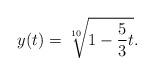
LaTeX: \begin{align*}y(t)=\sqrt[10]{1-\frac{5}{3}t}.\end{align*}